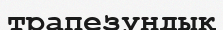
трапезундық